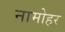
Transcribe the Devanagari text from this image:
नामोहर